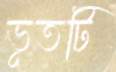
ভূতটি